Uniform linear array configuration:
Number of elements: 16
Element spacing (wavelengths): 0.5
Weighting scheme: exponential
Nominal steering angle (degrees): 15
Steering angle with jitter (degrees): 15.279
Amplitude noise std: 0.05
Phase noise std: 0.05

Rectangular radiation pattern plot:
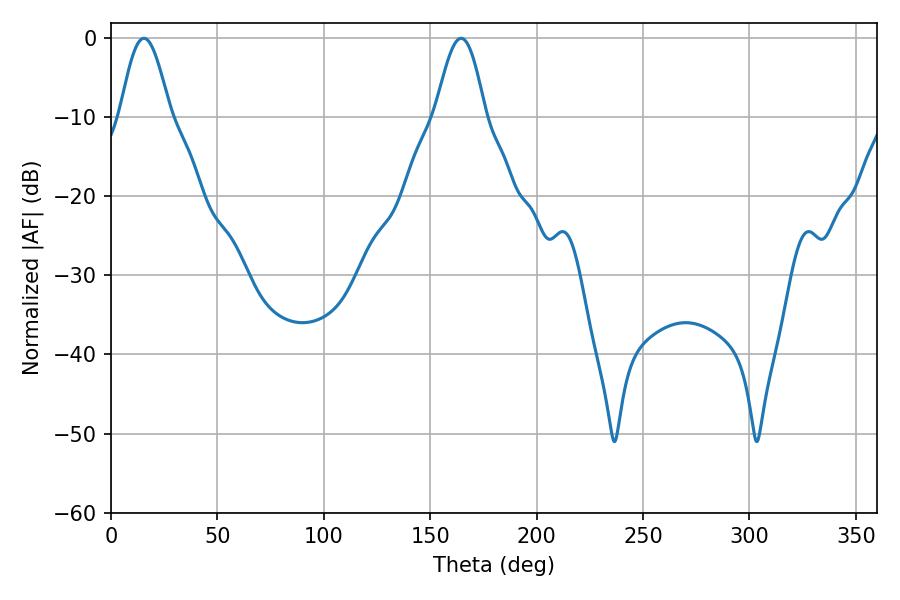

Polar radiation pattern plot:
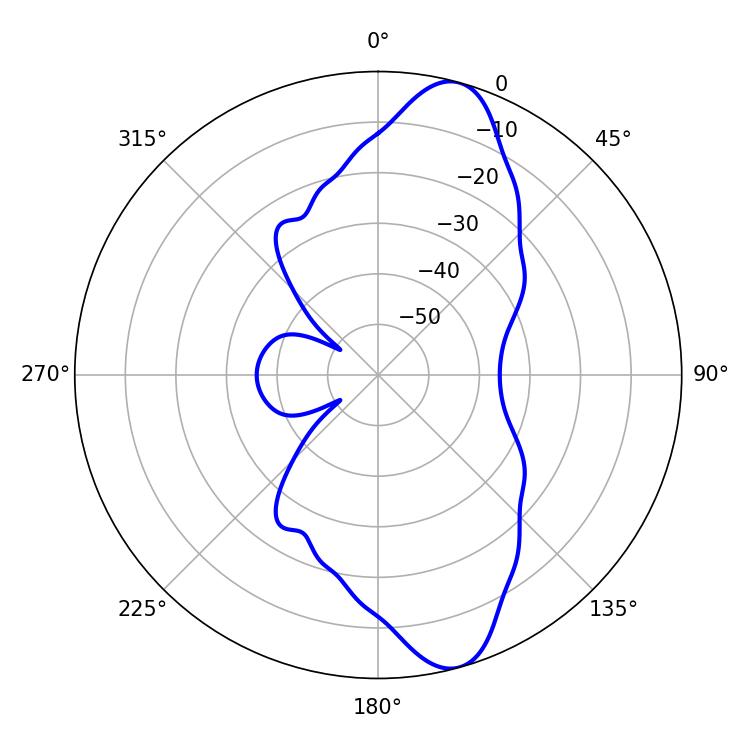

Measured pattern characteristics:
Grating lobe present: FALSE
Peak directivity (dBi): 11.468
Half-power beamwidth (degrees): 12.6
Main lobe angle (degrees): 15.48